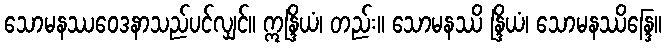
သောမနဿဝေဒနာသည်ပင်လျှင်။ ဣန္ဒြိယံ၊ တည်း။ သောမနဿိ န္ဒြိယံ၊ သောမနဿိန္ဒြေ။